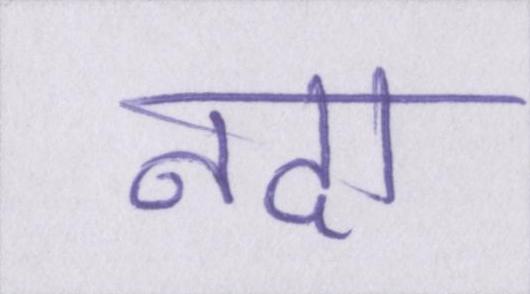
नदा